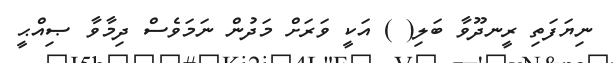
ނިޔަފަތި ރީނދޫވާ ބަލި( ) އަކީ ވަރަށް މަދުން ނަމަވެސް ދިމާވާ ޞިއްޙީ